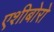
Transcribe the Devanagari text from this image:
एशीबोरो